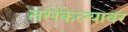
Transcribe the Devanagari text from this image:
तसेकेल्यावर